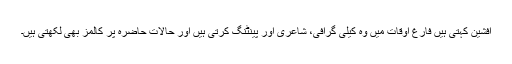
افشین کہتی ہیں فارغ اوقات میں وہ کیلی گرافی، شاعری اور پینٹنگ کرتی ہیں اور حالات حاضرہ پر کالمز بھی لکھتی ہیں۔